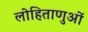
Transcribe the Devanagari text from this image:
लोहिताणुओं